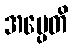
အပ္ပေတိ